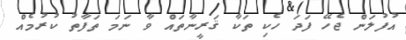
އުފުލަން ޖެހޭ ފަދަ ހެކި ތަކާ ޤަރީނާތައް ވާ ނަމަ ތަފާތު ކުރުމެއް